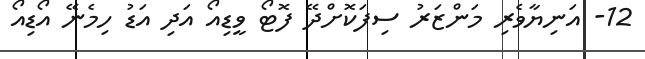
12- އަނިޔާވެރި މަންޒަރު ސިފަކޮށްދޭ ފޮޓޯ ވީޑިއޯ އަދި އަޑު ހިމެނޭ އޯޑިއޯ